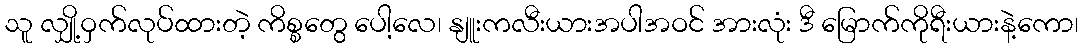
သူ လျှို့ဝှက်လုပ်ထားတဲ့ ကိစ္စတွေ ပေါ့လေ၊ နျူးကလီးယားအပါအဝင် အားလုံး ဒီ မြောက်ကိုရီးယားနဲ့ကော၊